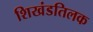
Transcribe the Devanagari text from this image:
शिखंडतिलक